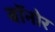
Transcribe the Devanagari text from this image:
बॉनोर